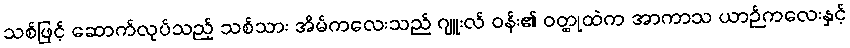
သစ်ဖြင့် ဆောက်လုပ်သည့် သစ်သား အိမ်ကလေးသည် ဂျူးလ် ဝန်း၏ ဝတ္ထုထဲက အာကာသ ယာဉ်ကလေးနှင့်